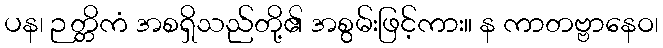
ပန၊ ဉတ္တိကံ အစရှိသည်တို့၏ အစွမ်းဖြင့်ကား။ န ကာတဗ္ဗာနေဝ၊